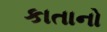
કાતાનો